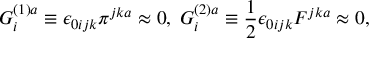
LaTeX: G _ { i } ^ { ( 1 ) a } \equiv \epsilon _ { 0 i j k } \pi ^ { j k a } \approx 0 , \; G _ { i } ^ { ( 2 ) a } \equiv \frac { 1 } { 2 } \epsilon _ { 0 i j k } F ^ { j k a } \approx 0 ,